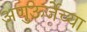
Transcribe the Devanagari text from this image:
अणुऊर्जेच्या